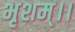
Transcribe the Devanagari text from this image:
भृशम्।।